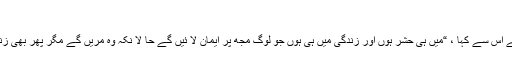
”
25 یسوع نے اس سے کہا ، “میں ہی حشر ہوں اور زندگی میں ہی ہوں جو لوگ مجھ پر ایمان لا ئیں گے حا لا نکہ وہ مریں گے مگر پھر بھی زندہ رہیں گے۔